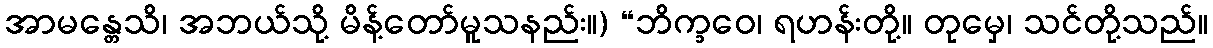
အာမန္တေသိ၊ အဘယ်သို့ မိန့်တော်မူသနည်း။) “ဘိက္ခဝေ၊ ရဟန်းတို့။ တုမှေ၊ သင်တို့သည်။